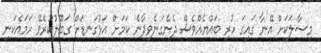
މިސާލަކަށް އޭނާ ގައިގަ ހުރި ބައްޔެއްވެސް ދެނެގަނެވިދާނެ ކަމަށް އަޅުގަނޑަށް ގަބޫލުކުރެވޭ ހަމައެކަނި